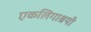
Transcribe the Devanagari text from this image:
एकलिगाश्रयी